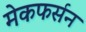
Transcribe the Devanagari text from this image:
मेकफर्सन